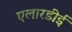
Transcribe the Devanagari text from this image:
एलारडीई